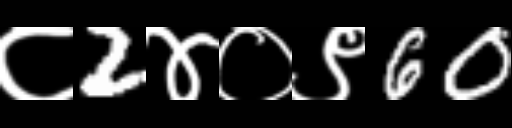
Text: ८2४०९60